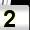
Digit: 2